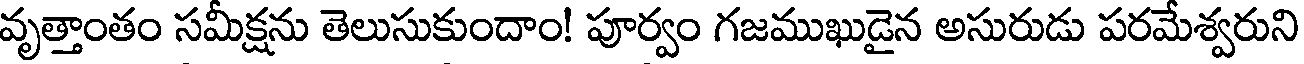
వృత్తాంతం సమీక్షను తెలుసుకుందాం! పూర్వం గజముఖుడైన అసురుడు పరమేశ్వరుని